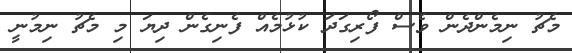
މެޗު ނިމެންދެން ވެސް ފޯރިގަދަ ކުޅުމެއް ފެނިގެން ދިޔަ މި މެޗު ނިމުނީ